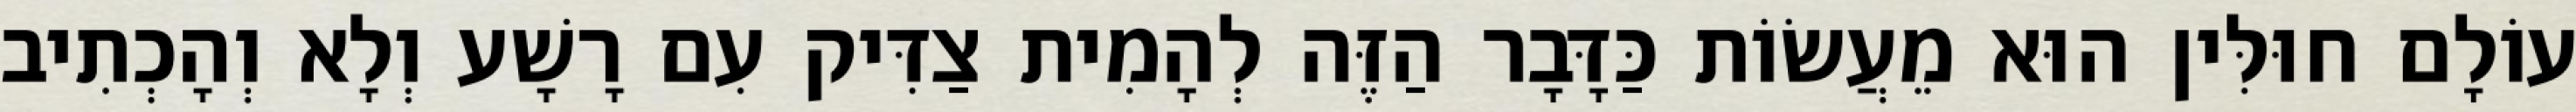
עוֹלָם חוּלִּין הוּא מֵעֲשׂוֹת כַּדָּבָר הַזֶּה לְהָמִית צַדִּיק עִם רָשָׁע וְלָא וְהָכְתִיב